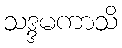
သဒ္ဒမကာသိ